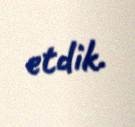
etdik.